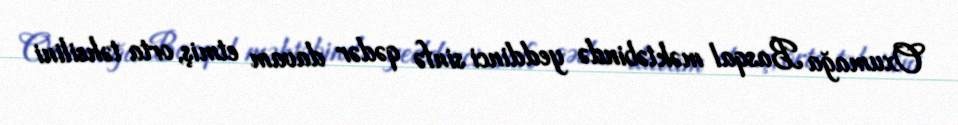
Oxumağa Basqal məktəbində yeddinci sinfə qədər davam etmiş, orta təhsilini